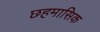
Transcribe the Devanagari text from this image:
छहमासिक